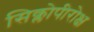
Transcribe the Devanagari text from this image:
सिक्लोपीरोक्ष